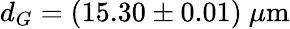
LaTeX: d_{G}=(15.30\pm 0.01)~\mu\mathrm{m}